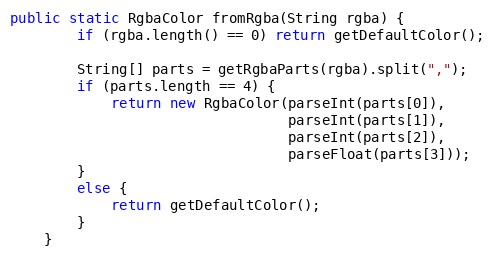
Language: Java
public static RgbaColor fromRgba(String rgba) {
        if (rgba.length() == 0) return getDefaultColor();

        String[] parts = getRgbaParts(rgba).split(",");
        if (parts.length == 4) {
            return new RgbaColor(parseInt(parts[0]),
                                 parseInt(parts[1]),
                                 parseInt(parts[2]),
                                 parseFloat(parts[3]));
        }
        else {
            return getDefaultColor();
        }
    }